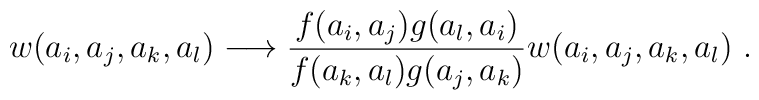
w(a_i,a_j,a_k,a_l)\longrightarrow\frac{f(a_i,a_j)g(a_l,a_i)}{f(a_k,a_l)g(a_j,a_k)}w(a_i,a_j,a_k,a_l)~.